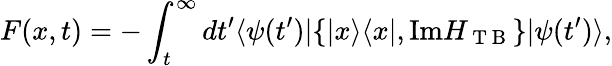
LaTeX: F(x,t)=-\int_{t}^{\infty}dt^{\prime}\langle\psi(t^{\prime})|\{ |x\rangle\langle x|,\mathrm{Im}H_{\mathrm{~T~B~}}\} |\psi(t^{\prime})\rangle,